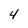
Character: 4